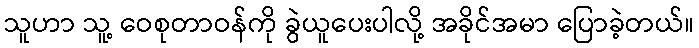
သူဟာ သူ့ ဝေစုတာဝန်ကို ခွဲယူပေးပါလို့ အခိုင်အမာ ပြောခဲ့တယ်။